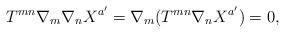
LaTeX: \begin{align*}T^{mn} \nabla_m \nabla_n X^{a'} = \nabla_m (T^{mn} \nabla_n X^{a'})=0,\end{align*}